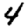
Digit: 4